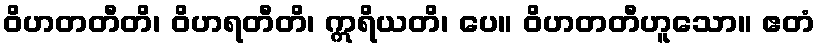
ဝိဟတတီတိ၊ ဝိဟရတီတိ၊ ဣရိယတိ၊ ပေ။ ဝိဟတတီဟူသော။ ဧတံ